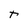
Character: t